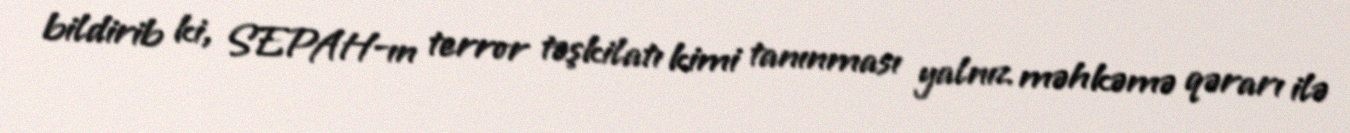
bildirib ki, SEPAH-ın terror təşkilatı kimi tanınması yalnız məhkəmə qərarı ilə